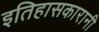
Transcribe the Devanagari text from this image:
इतिहासकारानी